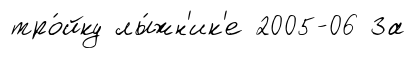
тро́йку лы́жн'ик'е 2005-06 За